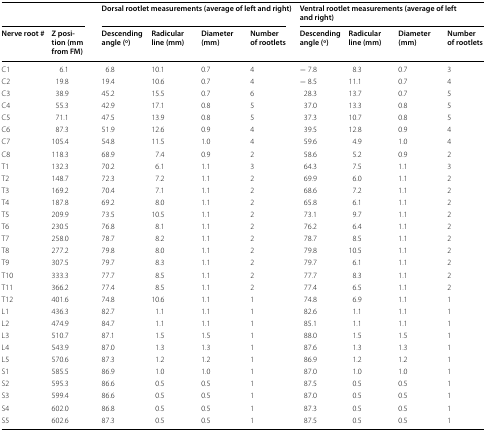
<table><thead><tr><td colspan="2"></td><td colspan="4"><b>Dorsal rootlet measurements (average of left and right)</b></td><td colspan="4"><b>Ventral rootlet measurements (average of left and right)</b></td></tr><tr><td><b>Nerve root #</b></td><td><b>Z position (mm from FM)</b></td><td><b>Descending angle (o)</b></td><td><b>Radicular line (mm)</b></td><td><b>Diameter (mm)</b></td><td><b>Number of rootlets</b></td><td><b>Descending angle (o)</b></td><td><b>Radicular line (mm)</b></td><td><b>Diameter (mm)</b></td><td><b>Number of rootlets</b></td></tr></thead><tbody><tr><td>C1</td><td>6.1</td><td>6.8</td><td>10.1</td><td>0.7</td><td>4</td><td>− 7.8</td><td>8.3</td><td>0.7</td><td>3</td></tr><tr><td>C2</td><td>19.8</td><td>19.4</td><td>10.6</td><td>0.7</td><td>4</td><td>− 8.5</td><td>11.1</td><td>0.7</td><td>4</td></tr><tr><td>C3</td><td>38.9</td><td>45.2</td><td>15.5</td><td>0.7</td><td>6</td><td>28.3</td><td>13.7</td><td>0.7</td><td>5</td></tr><tr><td>C4</td><td>55.3</td><td>42.9</td><td>17.1</td><td>0.8</td><td>5</td><td>37.0</td><td>13.3</td><td>0.8</td><td>5</td></tr><tr><td>C5</td><td>71.1</td><td>47.5</td><td>13.9</td><td>0.8</td><td>5</td><td>37.3</td><td>10.7</td><td>0.8</td><td>5</td></tr><tr><td>C6</td><td>87.3</td><td>51.9</td><td>12.6</td><td>0.9</td><td>4</td><td>39.5</td><td>12.8</td><td>0.9</td><td>4</td></tr><tr><td>C7</td><td>105.4</td><td>54.8</td><td>11.5</td><td>1.0</td><td>4</td><td>59.6</td><td>4.9</td><td>1.0</td><td>4</td></tr><tr><td>C8</td><td>118.3</td><td>68.9</td><td>7.4</td><td>0.9</td><td>2</td><td>58.6</td><td>5.2</td><td>0.9</td><td>2</td></tr><tr><td>T1</td><td>132.3</td><td>70.2</td><td>6.1</td><td>1.1</td><td>3</td><td>64.3</td><td>7.5</td><td>1.1</td><td>3</td></tr><tr><td>T2</td><td>148.7</td><td>72.3</td><td>7.2</td><td>1.1</td><td>2</td><td>69.9</td><td>6.0</td><td>1.1</td><td>2</td></tr><tr><td>T3</td><td>169.2</td><td>70.4</td><td>7.1</td><td>1.1</td><td>2</td><td>68.6</td><td>7.2</td><td>1.1</td><td>2</td></tr><tr><td>T4</td><td>187.8</td><td>69.2</td><td>8.0</td><td>1.1</td><td>2</td><td>65.8</td><td>6.1</td><td>1.1</td><td>2</td></tr><tr><td>T5</td><td>209.9</td><td>73.5</td><td>10.5</td><td>1.1</td><td>2</td><td>73.1</td><td>9.7</td><td>1.1</td><td>2</td></tr><tr><td>T6</td><td>230.5</td><td>76.8</td><td>8.1</td><td>1.1</td><td>2</td><td>76.2</td><td>6.4</td><td>1.1</td><td>2</td></tr><tr><td>T7</td><td>258.0</td><td>78.7</td><td>8.2</td><td>1.1</td><td>2</td><td>78.7</td><td>8.5</td><td>1.1</td><td>2</td></tr><tr><td>T8</td><td>277.2</td><td>79.8</td><td>8.0</td><td>1.1</td><td>2</td><td>79.8</td><td>10.5</td><td>1.1</td><td>2</td></tr><tr><td>T9</td><td>307.5</td><td>79.7</td><td>8.3</td><td>1.1</td><td>2</td><td>79.7</td><td>6.1</td><td>1.1</td><td>2</td></tr><tr><td>T10</td><td>333.3</td><td>77.7</td><td>8.5</td><td>1.1</td><td>2</td><td>77.7</td><td>8.3</td><td>1.1</td><td>2</td></tr><tr><td>T11</td><td>366.2</td><td>77.4</td><td>8.5</td><td>1.1</td><td>2</td><td>77.4</td><td>6.5</td><td>1.1</td><td>2</td></tr><tr><td>T12</td><td>401.6</td><td>74.8</td><td>10.6</td><td>1.1</td><td>1</td><td>74.8</td><td>6.9</td><td>1.1</td><td>1</td></tr><tr><td>L1</td><td>436.3</td><td>82.7</td><td>1.1</td><td>1.1</td><td>1</td><td>82.6</td><td>1.1</td><td>1.1</td><td>1</td></tr><tr><td>L2</td><td>474.9</td><td>84.7</td><td>1.1</td><td>1.1</td><td>1</td><td>85.1</td><td>1.1</td><td>1.1</td><td>1</td></tr><tr><td>L3</td><td>510.7 </td><td>87.1</td><td>1.5</td><td>1.5</td><td>1</td><td>88.0</td><td>1.5</td><td>1.5</td><td>1</td></tr><tr><td>L4</td><td>543.9</td><td>87.0</td><td>1.3</td><td>1.3</td><td>1</td><td>87.6</td><td>1.3</td><td>1.3</td><td>1</td></tr><tr><td>L5</td><td>570.6</td><td>87.3</td><td>1.2</td><td>1.2</td><td>1</td><td>86.9</td><td>1.2</td><td>1.2</td><td>1</td></tr><tr><td>S1</td><td>585.5</td><td>86.9</td><td>1.0</td><td>1.0</td><td>1</td><td>87.0</td><td>1.0</td><td>1.0</td><td>1</td></tr><tr><td>S2</td><td>595.3</td><td>86.6</td><td>0.5</td><td>0.5</td><td>1</td><td>87.5</td><td>0.5</td><td>0.5</td><td>1</td></tr><tr><td>S3</td><td>599.4</td><td>86.6</td><td>0.5</td><td>0.5</td><td>1</td><td>87.0</td><td>0.5</td><td>0.5</td><td>1</td></tr><tr><td>S4</td><td>602.0</td><td>86.8</td><td>0.5</td><td>0.5</td><td>1</td><td>87.3</td><td>0.5</td><td>0.5</td><td>1</td></tr><tr><td>S5</td><td>602.6</td><td>87.3</td><td>0.5</td><td>0.5</td><td>1</td><td>87.5</td><td>0.5</td><td>0.5</td><td>1</td></tr></tbody></table>